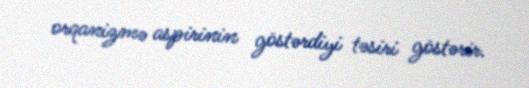
orqanizmə aspirinin göstərdiyi təsiri göstərir.